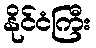
နိုင်ငံကြီး